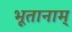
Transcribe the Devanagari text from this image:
भूतानाम्